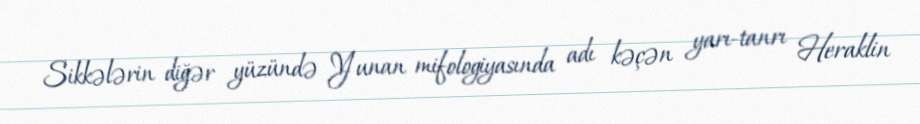
Sikkələrin diğər yüzündə Yunan mifologiyasında adı kəçən yarı-tanrı Heraklin